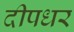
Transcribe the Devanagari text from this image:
दीपधर